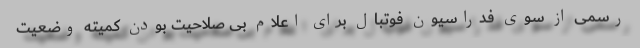
رسمی از سوی فدراسیون فوتبال برای اعلام بی صلاحیت بودن کمیته وضعیت